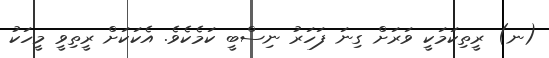
(ނ) ރީތިކަމަކީ ވަރަށް ގިނަ ފަހަރު ނިސްބީ ކަމެކެވެ. އެކަކަށް ރީތިވީ މީހަކު